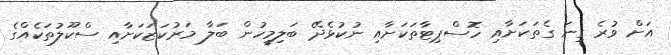
އަށް ވުރެ ގިނަ ގެތަކަށާއި ހޮސްޕިޓާތަކަށާއި ނުކުޅެދޭ ބަލިމީހުން ބަލާ މަރުކަޒަކަށާއި ސްކޫލުތަކެއްގެ